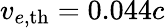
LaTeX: v_{e,\mathrm{{th}}}=0.044c